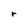
Character: r